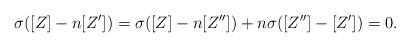
LaTeX: \begin{align*}\sigma ([Z]-n [Z'])= \sigma([Z]-n[Z'']) +n \sigma ([Z'']-[Z'])= 0.\end{align*}